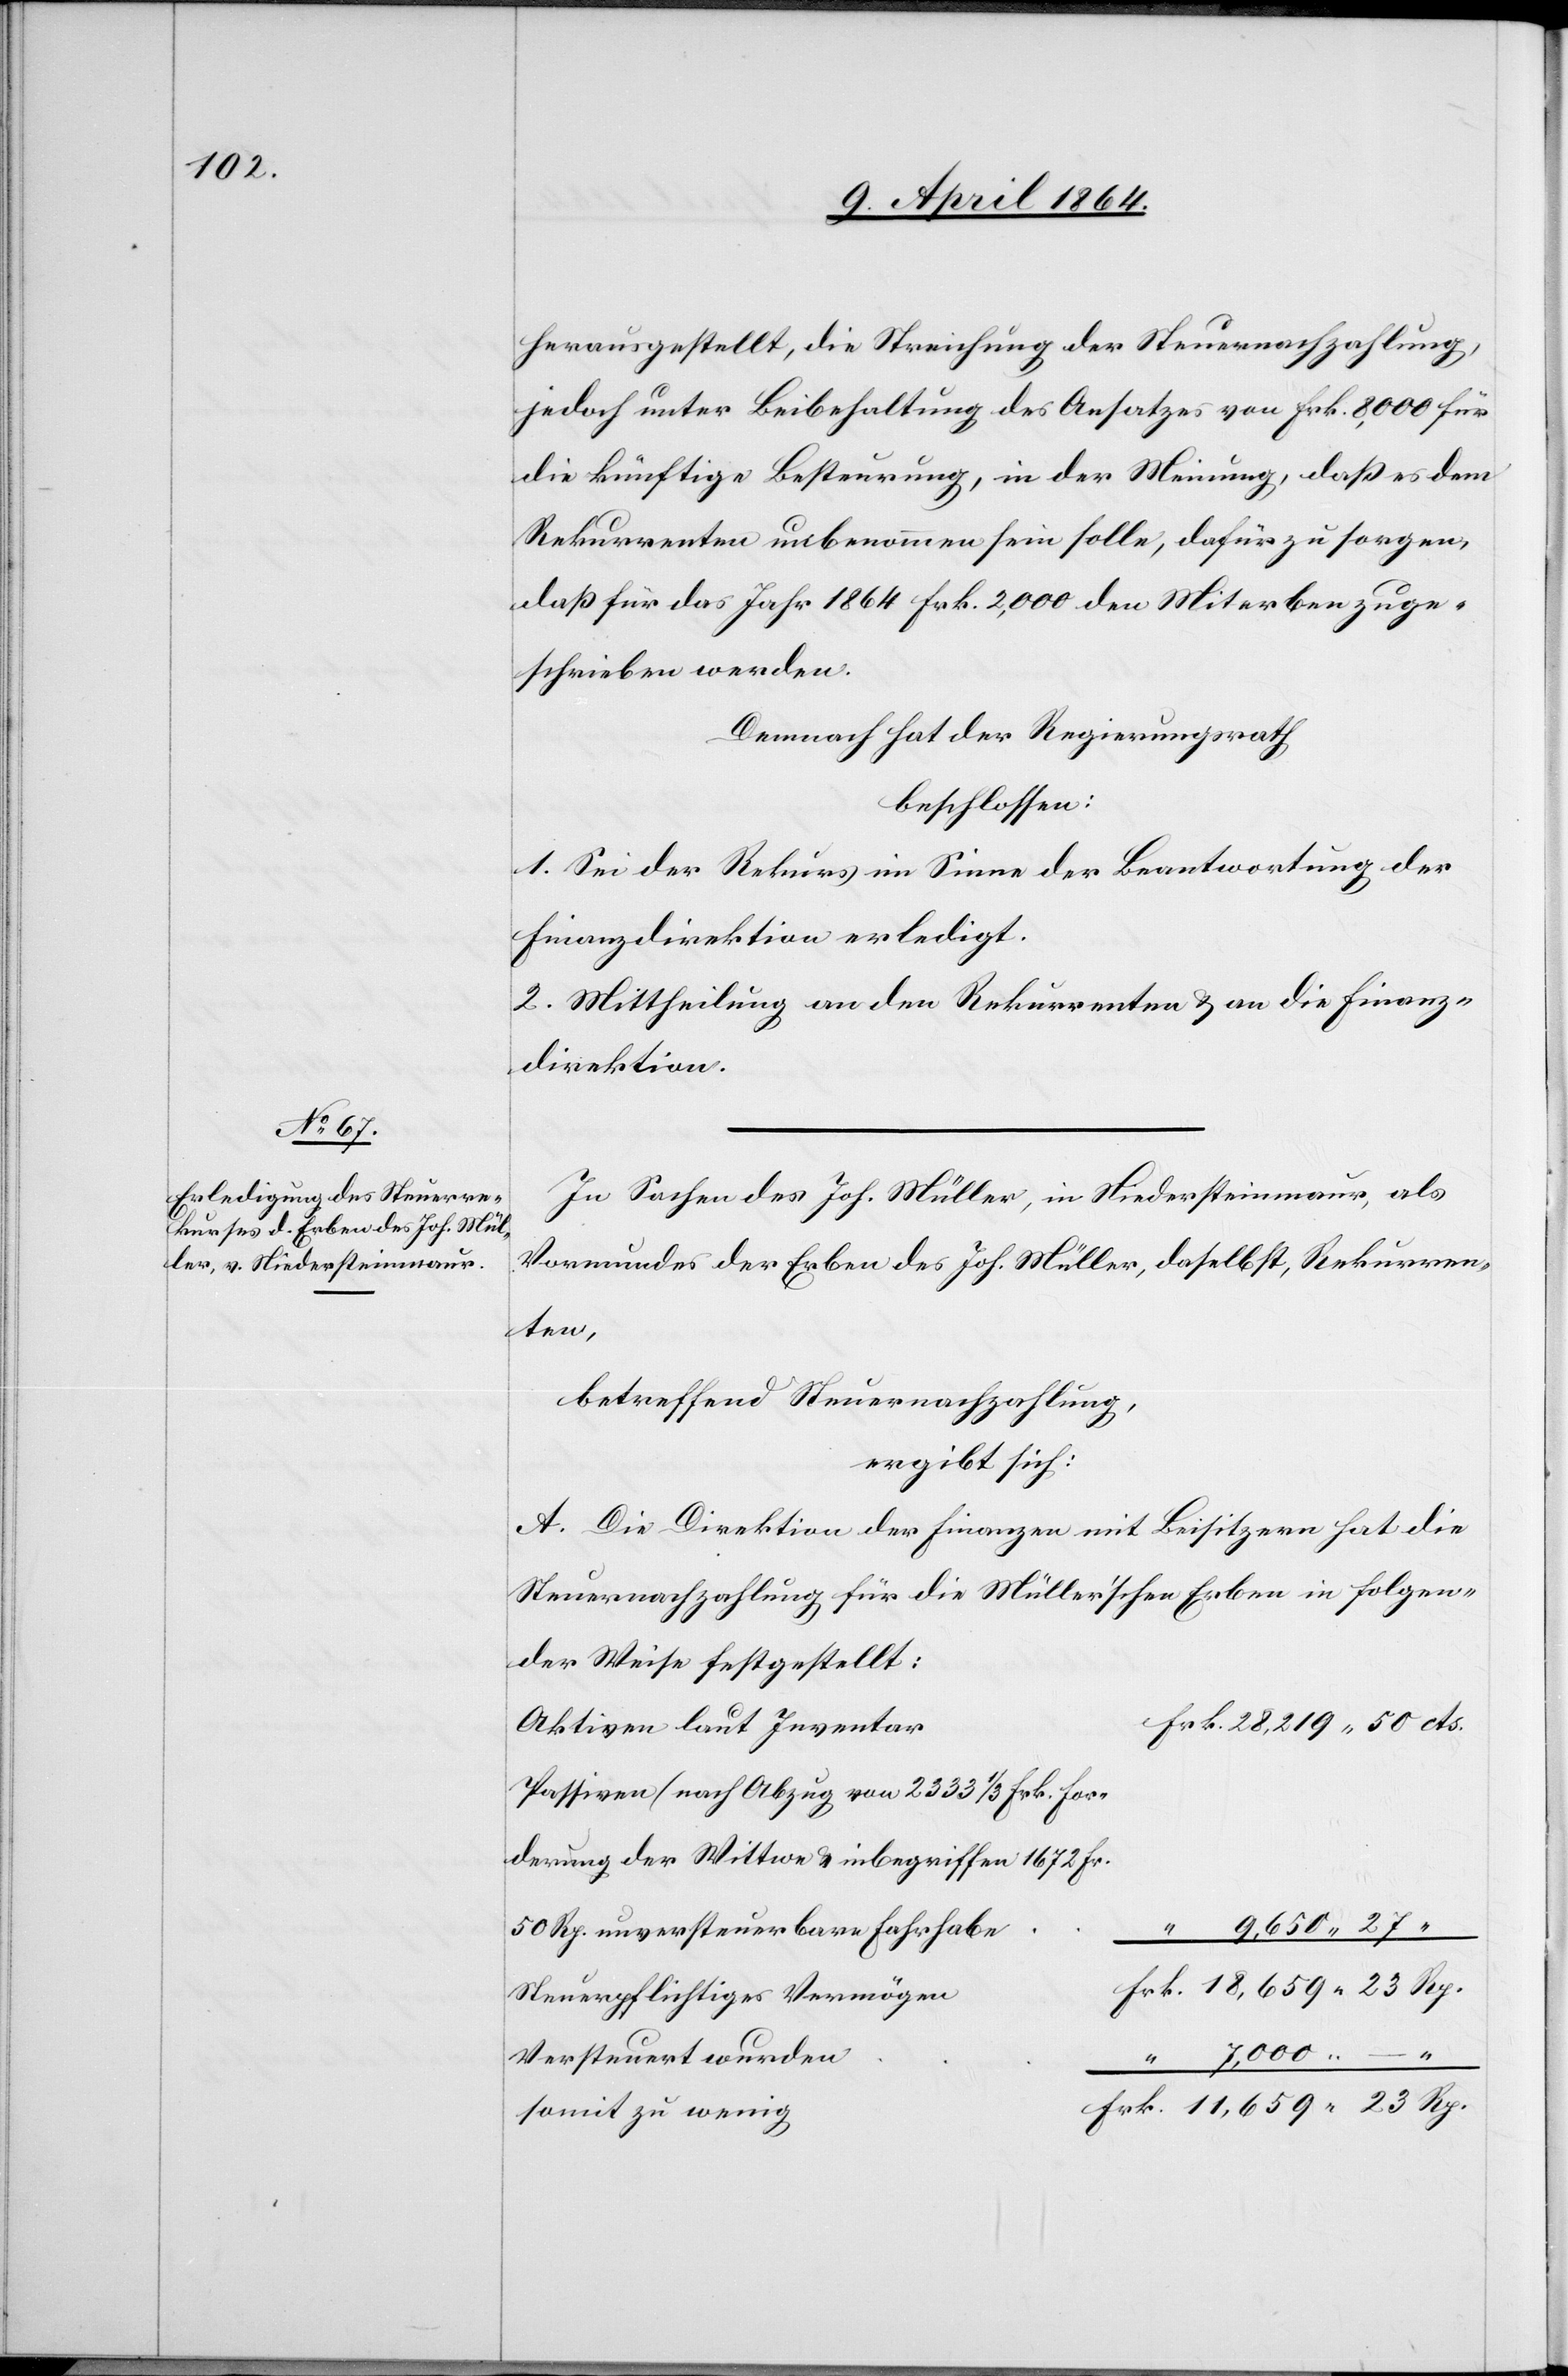
herausgestellt, die Streichung der Steuernachzahlung,
jedoch unter Beibehaltung des Ansatzes von Frk. 8,000 für
die künftige Besteuerung, in der Meinung, daß es dem
Rekurrenten unbenommen sein solle, dafür zu sorgen,
daß für das Jahr 1864 Frk. 2,000 den Miterben zuge¬
schrieben werden.
Demnach hat der Regierungsrath
beschlossen:
1. Sei der Rekurs im Sinne der Beantwortung der
Finanzdirektion erledigt.
2. Mittheilung an den Rekurrenten u. an die Finanz¬
direktion.
In Sachen des Joh. Müller, in Niedersteinmaur, als
Vormundes der Erben des Joh. Müller, daselbst, Rekurren¬
derung
betreffend Steuernachzahlung,
ergibt sich:
A. Die Direktion der Finanzen mit Beisitzern hat die
Steuernachzahlung für die Müller’schen Erben in folgen¬
der Weise festgestellt:
Passiven (nach Abzug von 2333 1/3 Frk. For¬
23
50 Rp. unversteuerbare Fahrhabe
“ 9,650 27
“ 7,000 –